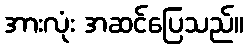
အားလုံး အဆင်ပြေသည်။